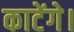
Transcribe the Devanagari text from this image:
काटेंगे।